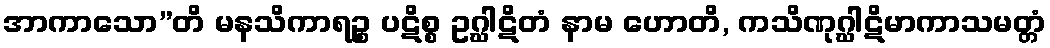
အာကာသော”တိ မနသိကာရဉ္စ ပဋိစ္စ ဥဂ္ဃါဋိတံ နာမ ဟောတိ, ကသိဏုဂ္ဃါဋိမာကာသမတ္တံ